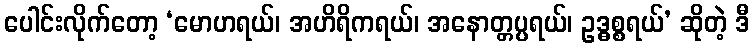
ပေါင်းလိုက်တော့ ‘မောဟရယ်၊ အဟိရိကရယ်၊ အနောတ္တပ္ပရယ်၊ ဥဒ္ဓစ္စရယ်’ ဆိုတဲ့ ဒီ